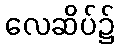
လေဆိပ်၌